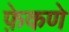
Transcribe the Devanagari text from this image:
फ़ेकणे